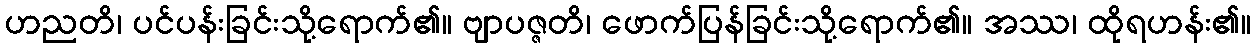
ဟညတိ၊ ပင်ပန်းခြင်းသို့ရောက်၏။ ဗျာပဇ္ဇတိ၊ ဖောက်ပြန်ခြင်းသို့ရောက်၏။ အဿ၊ ထိုရဟန်း၏။